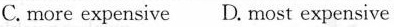
C.more expensive D. most expensive